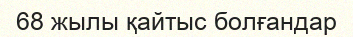
68 жылы қайтыс болғандар